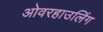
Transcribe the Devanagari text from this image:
ओवरहाउलिंग